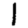
Digit: 1